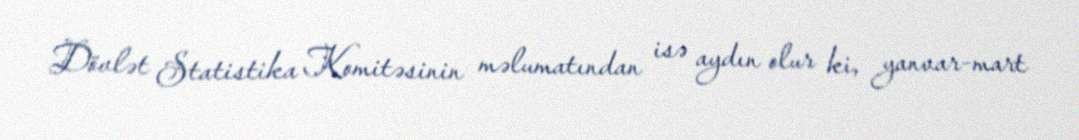
Dövlət Statistika Komitəsinin məlumatından isə aydın olur ki, yanvar-mart